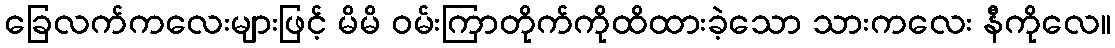
ခြေလက်ကလေးများဖြင့် မိမိ ဝမ်းကြာတိုက်ကိုထိထားခဲ့သော သားကလေး နီကိုလေ။